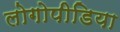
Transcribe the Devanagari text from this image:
लोगोपीडिया